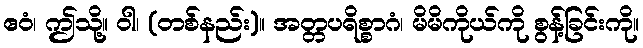
ဧဝံ၊ ဤသို့။ ဝါ၊ (တစ်နည်း)။ အတ္တပရိစ္စာဂံ၊ မိမိကိုယ်ကို စွန့်ခြင်းကို။